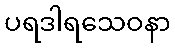
ပရဒါရသေဝနာ